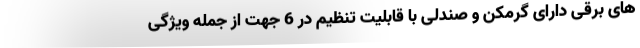
های برقی دارای گرمکن و صندلی با قابلیت تنظیم در 6 جهت از جمله ویژگی